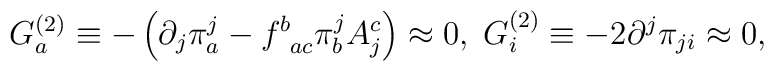
G_a^{(2)}\equiv -\left( \partial _j\pi _a^j-f_{\;\;ac}^b\pi _b^jA_j^c\right)\approx 0,\;G_i^{(2)}\equiv -2\partial ^j\pi _{ji}\approx 0,